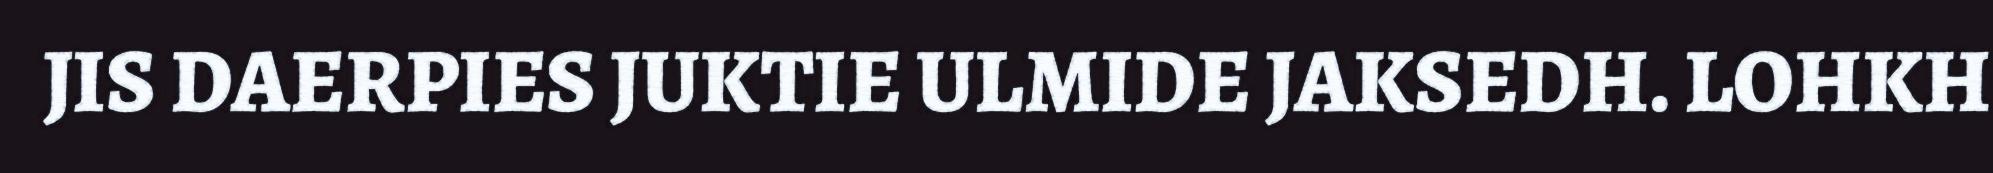
JIS DAERPIES JUKTIE ULMIDE JAKSEDH. LOHKH